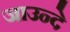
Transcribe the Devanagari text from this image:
जाउन्दे